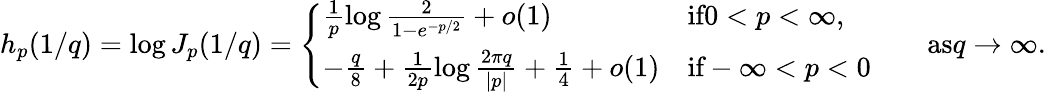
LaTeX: h_{p}(1/q)=\log J_{p}(1/q)=\left\{ \begin{array}{ll}{\frac{1}{p}\log\frac{2}{1-e^{-p/2}}+o(1)}&{\textrm{if}0<p<\infty,}\\ {-\frac{q}{8}+\frac{1}{2p}\log\frac{2\pi q}{|p|}+\frac{1}{4}+o(1)}&{\textrm{if}-\infty<p<0}\end{array}\right.\qquad\textrm{as}q\to\infty.